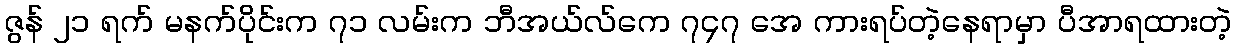
ဇွန် ၂၁ ရက် မနက်ပိုင်းက ၇၁ လမ်းက ဘီအယ်လ်ကေ ၇၄၇ အေ ကားရပ်တဲ့နေရာမှာ ပီအာရထားတဲ့